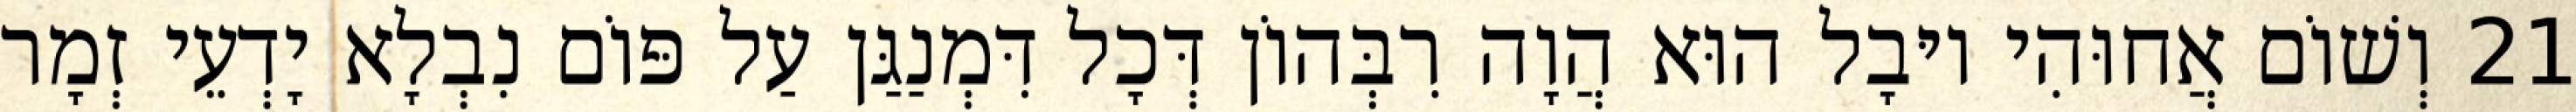
21 וְשׁוֹם אֲחוּהִי יוּבָל הוּא הֲוָה רִבְּהוֹן דְּכָל דִּמְנַגַּן עַל פּוֹם נִבְלָא יָדְעֵי זְמָר